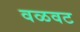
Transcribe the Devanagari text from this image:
वळवट